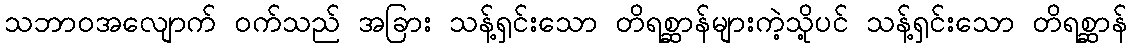
သဘာဝအလျောက် ဝက်သည် အခြား သန့်ရှင်းသော တိရစ္ဆာန်များကဲ့သို့ပင် သန့်ရှင်းသော တိရစ္ဆာန်